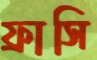
ফ্রাসি